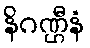
နိဂဏ္ဌီနံ